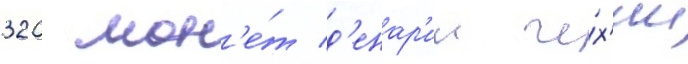
320 мон'е́т д'енар'ии че́х'ии